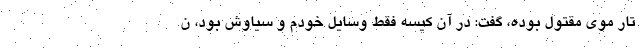
تار موی مقتول بوده، گفت: در آن کیسه فقط وسایل خودم و سیاوش بود، ن